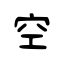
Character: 空